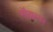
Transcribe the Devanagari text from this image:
मॉयल्स